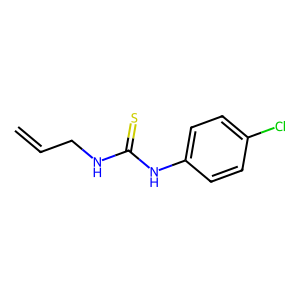
SMILES: C=CCNC(=S)Nc1ccc(Cl)cc1
Inhibits HIV replication: No